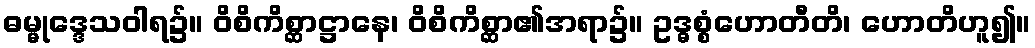
ဓမ္မုဒ္ဒေသဝါရ၌။ ဝိစိကိစ္ဆာဋ္ဌာနေ၊ ဝိစိကိစ္ဆာ၏အရာ၌။ ဥဒ္ဓစ္စံဟောတီတိ၊ ဟောတိဟူ၍။